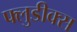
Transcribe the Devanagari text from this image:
फ्लुडीक्स